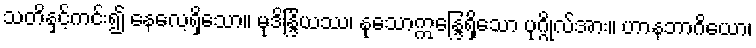
သတိနှင့်ကင်း၍ နေလေ့ရှိသော။ မုဒိန္ဒြိယဿ၊ နုသောဣန္ဒြေရှိသော ပုဂ္ဂိုလ်အား။ ဟာနဘာဂိယော၊